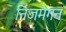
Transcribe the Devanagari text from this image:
निजमैगन